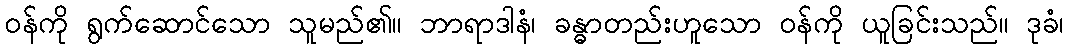
ဝန်ကို ရွက်ဆောင်သော သူမည်၏။ ဘာရာဒါနံ၊ ခန္ဓာတည်းဟူသော ဝန်ကို ယူခြင်းသည်။ ဒုခံ၊